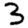
Digit: 3